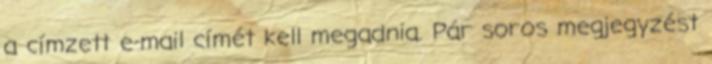
a címzett e-mail címét kell megadnia. Pár soros megjegyzést